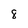
Character: 8